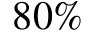
8 0 \%